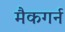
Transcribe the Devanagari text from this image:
मैकगर्न